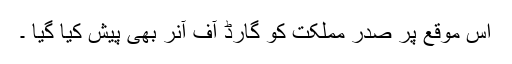
اس موقع پر صدر مملکت کو گارڈ آف آنر بھی پیش کیا گیا ۔